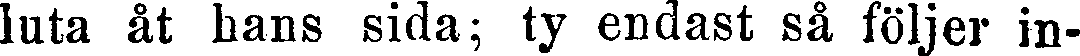
luta åt hans sida; ty endast så följer in-